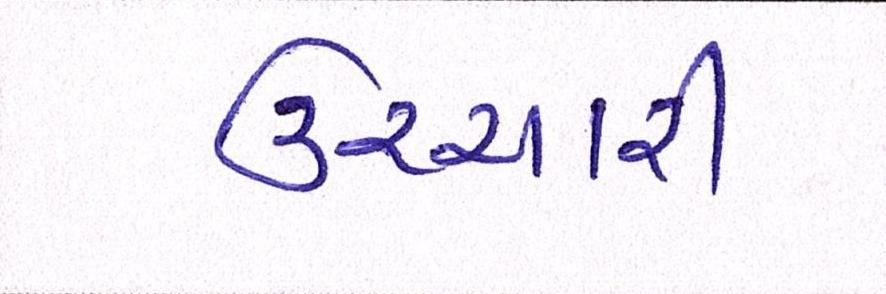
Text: ઉચ્ચારી